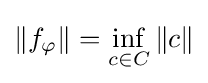
\left\|f_{\varphi }\right\|=\inf _{c\in C}\|c\|